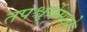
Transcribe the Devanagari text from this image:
तपश्चर्येमध्ये